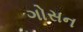
ગોસન